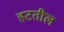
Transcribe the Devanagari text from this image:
हटतील